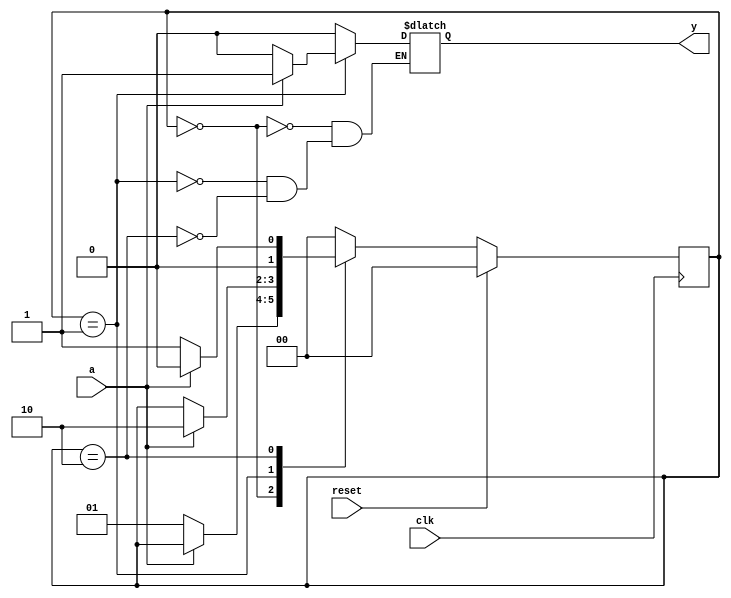
module zero_one_detector(a,reset,clk,y);

output reg y;
input a;
input clk;
input reset;

reg [1:0] cst,nst;

parameter S0 = 2'b00,
	  S1 = 2'b01,
	  S2 = 2'b10;

always @(cst or a)
 begin
 case (cst)
	S0 : if(a == 1'b0)
		begin
		nst = S1;
		y = 1'b0;
		end
	     else
		begin
		nst = cst;
		y = 1'b0;
		end
	S1 : if(a == 1'b0)
		begin 
		nst = cst;
		y = 1'b0;
		end
	     else
		begin
		nst = S2;
		y = 1'b1;
		end
	S2 : if(a == 1'b0)
		begin
		nst = S1;
		y = 1'b0;
		end
	     else
		begin
		nst = S0;
		y = 1'b0;
		end
	default : nst = S0;
 endcase
 end

always@(posedge clk)
begin 
 if(reset)
	cst <= S0;
 else
	cst <= nst;
end

endmodule